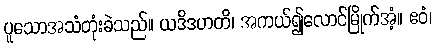
ပူသောအသံတုံးခဲသည်။ ယဒိဒဟတိ၊ အကယ်၍လောင်မြိုက်အံ့။ ဧဝံ၊